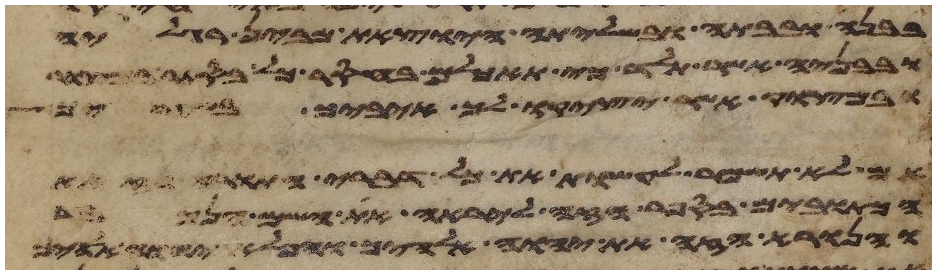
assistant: בבנה ובבתה ובשלתה היצאת מבין רגליה
ובבניה אשר תלד כי תאכלם בחסר כל בסתר
ובמצוק אשר יציקו לך איביך בשעריך
אם לא תשמר לעשות את כל דברי התורה הזאת
הכתובים בספר הזה ליראה את השם הנכבד
והנורא הזה את יהוה אלהיך והפלא יהוה אלהיך